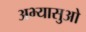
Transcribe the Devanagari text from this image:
अभ्यासुओ